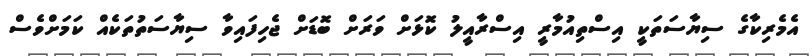
އެމެރިކާގެ ސިޔާސަތަކީ އިސްތިއުމާރީ އިސްރާއީލު ކޮޅަށް ވަރަށް ބޮޑަށް ޖެހިފައިވާ ސިޔާސަތުތަކެއް ކަމަށްވެސް